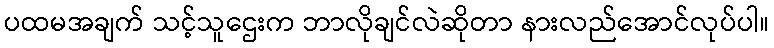
ပထမအချက် သင့်သူဌေးက ဘာလိုချင်လဲဆိုတာ နားလည်အောင်လုပ်ပါ။